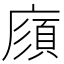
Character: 𢊼